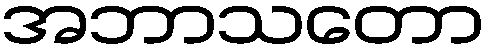
အဘာသတော